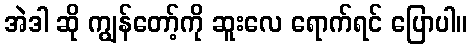
အဲဒါ ဆို ကျွန်တော့်ကို ဆူးလေ ရောက်ရင် ပြောပါ။